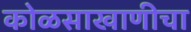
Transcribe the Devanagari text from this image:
कोळसाखाणीचा